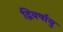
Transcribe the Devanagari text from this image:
द्विवर्षायु